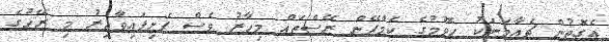
އެގޮތުން ޗެއާމަނަކު ހޮވުމުގެ ކެމްޕޭން ރޭސްތައް މިހާރު ވެސް ފެށިފައިވާއިރު މި ރޭހުގެ